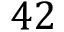
4 2